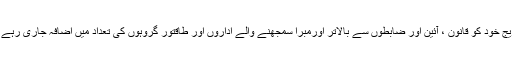
بتدریج خود کو قانون ، آئین اور ضابطوں سے بالاتر اورمبرا سمجھنے والے اداروں اور طاقتور گروہوں کی تعداد میں اضافہ جاری رہے گا ۔